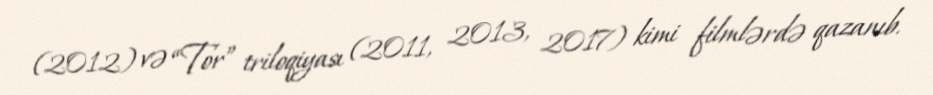
(2012) və “Tor” triloqiyası (2011, 2013, 2017) kimi filmlərdə qazanıb.